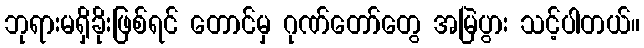
ဘုရားမရှိခိုးဖြစ်ရင် တောင်မှ ဂုဏ်တော်တွေ အမြဲပွား သင့်ပါတယ်။